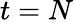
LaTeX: t=N